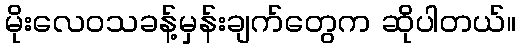
မိုးလေဝသခန့်မှန်းချက်တွေက ဆိုပါတယ်။